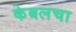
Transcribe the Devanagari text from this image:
केबलचा